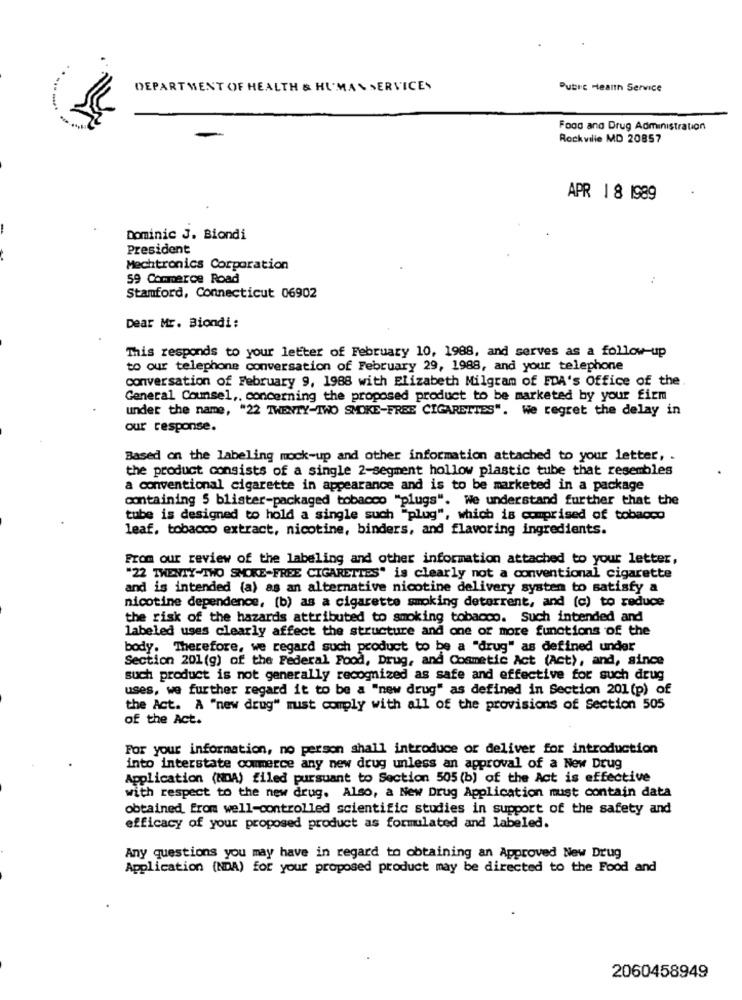
DEPARTMENT OF HEALTH & HUMAN SERVICES
Pubic Health Service
Food and Drug Administration
Rockville MD 20857
APR 18 1989
Dominic J. Biondi
President
Mechtronics Corporation
59 Commerce Road
Stamford, Connecticut 06902
Dear Mr. Biondi:
This responds to your letter of February 10, 1988, and serves as a follow-up
to our telephone conversation of February 29, 1988, and your telephone
conversation of February 9, 1988 with Elizabeth Milgram of FDA's Office of the.
General Counsel ,, concerning the proposed product to be marketed by your firm
under the name, "22 TWENTY-TWO SMOKE-FREE CIGARETTES". We regret the delay in
our response.
Based on the labeling mock-up and other information attached to your letter, .
the product consists of a single 2-segment hollow plastic tube that resembles
a conventional cigarette in appearance and is to be marketed in a package
containing 5 blister-packaged tobacco "plugs". We understand further that the
tube is designed to hold a single such "plug", which is comprised of tobacco
leaf, tobacco extract, nicotine, binders, and flavoring ingredients.
From our review of the labeling and other information attached to your letter,
"22 TWENTY-TWO SMOKE-FREE CIGARETTES" is clearly not a conventional cigarette
and is intended (a) as an alternative nicotine delivery system to satisfy a
nicotine dependence, (b) as a cigarette smoking deterrent, and (c) to reduce
the risk of the hazards attributed to smoking tobacco. Such intended and
labeled uses clearly affect the structure and one or more functions of the
body. Therefore, we regard such product to be a "drug" as defined under
Section 201(g) of the Federal Food, Drug, and Cosmetic Act (Act), and, since
such product is not generally recognized as safe and effective for such drug
uses, we further regard it to be a "new drug" as defined in Section 201 (p) of
the Act. A "new drug" must comply with all of the provisions of Section 505
of the Act.
For your information, no person shall introduce or deliver for introduction
into interstate commerce any new drug unless an approval of a New Drug
Application (NDA) filed pursuant to Section 505(b) of the Act is effective
with respect to the new drug. Also, a New Drug Application must contain data
obtained from well-controlled scientific studies in support of the safety and
efficacy of your proposed product as formulated and labeled.
Any questions you may have in regard to obtaining an Approved New Drug
Application (NDA) for your proposed product may be directed to the Food and
2060458949